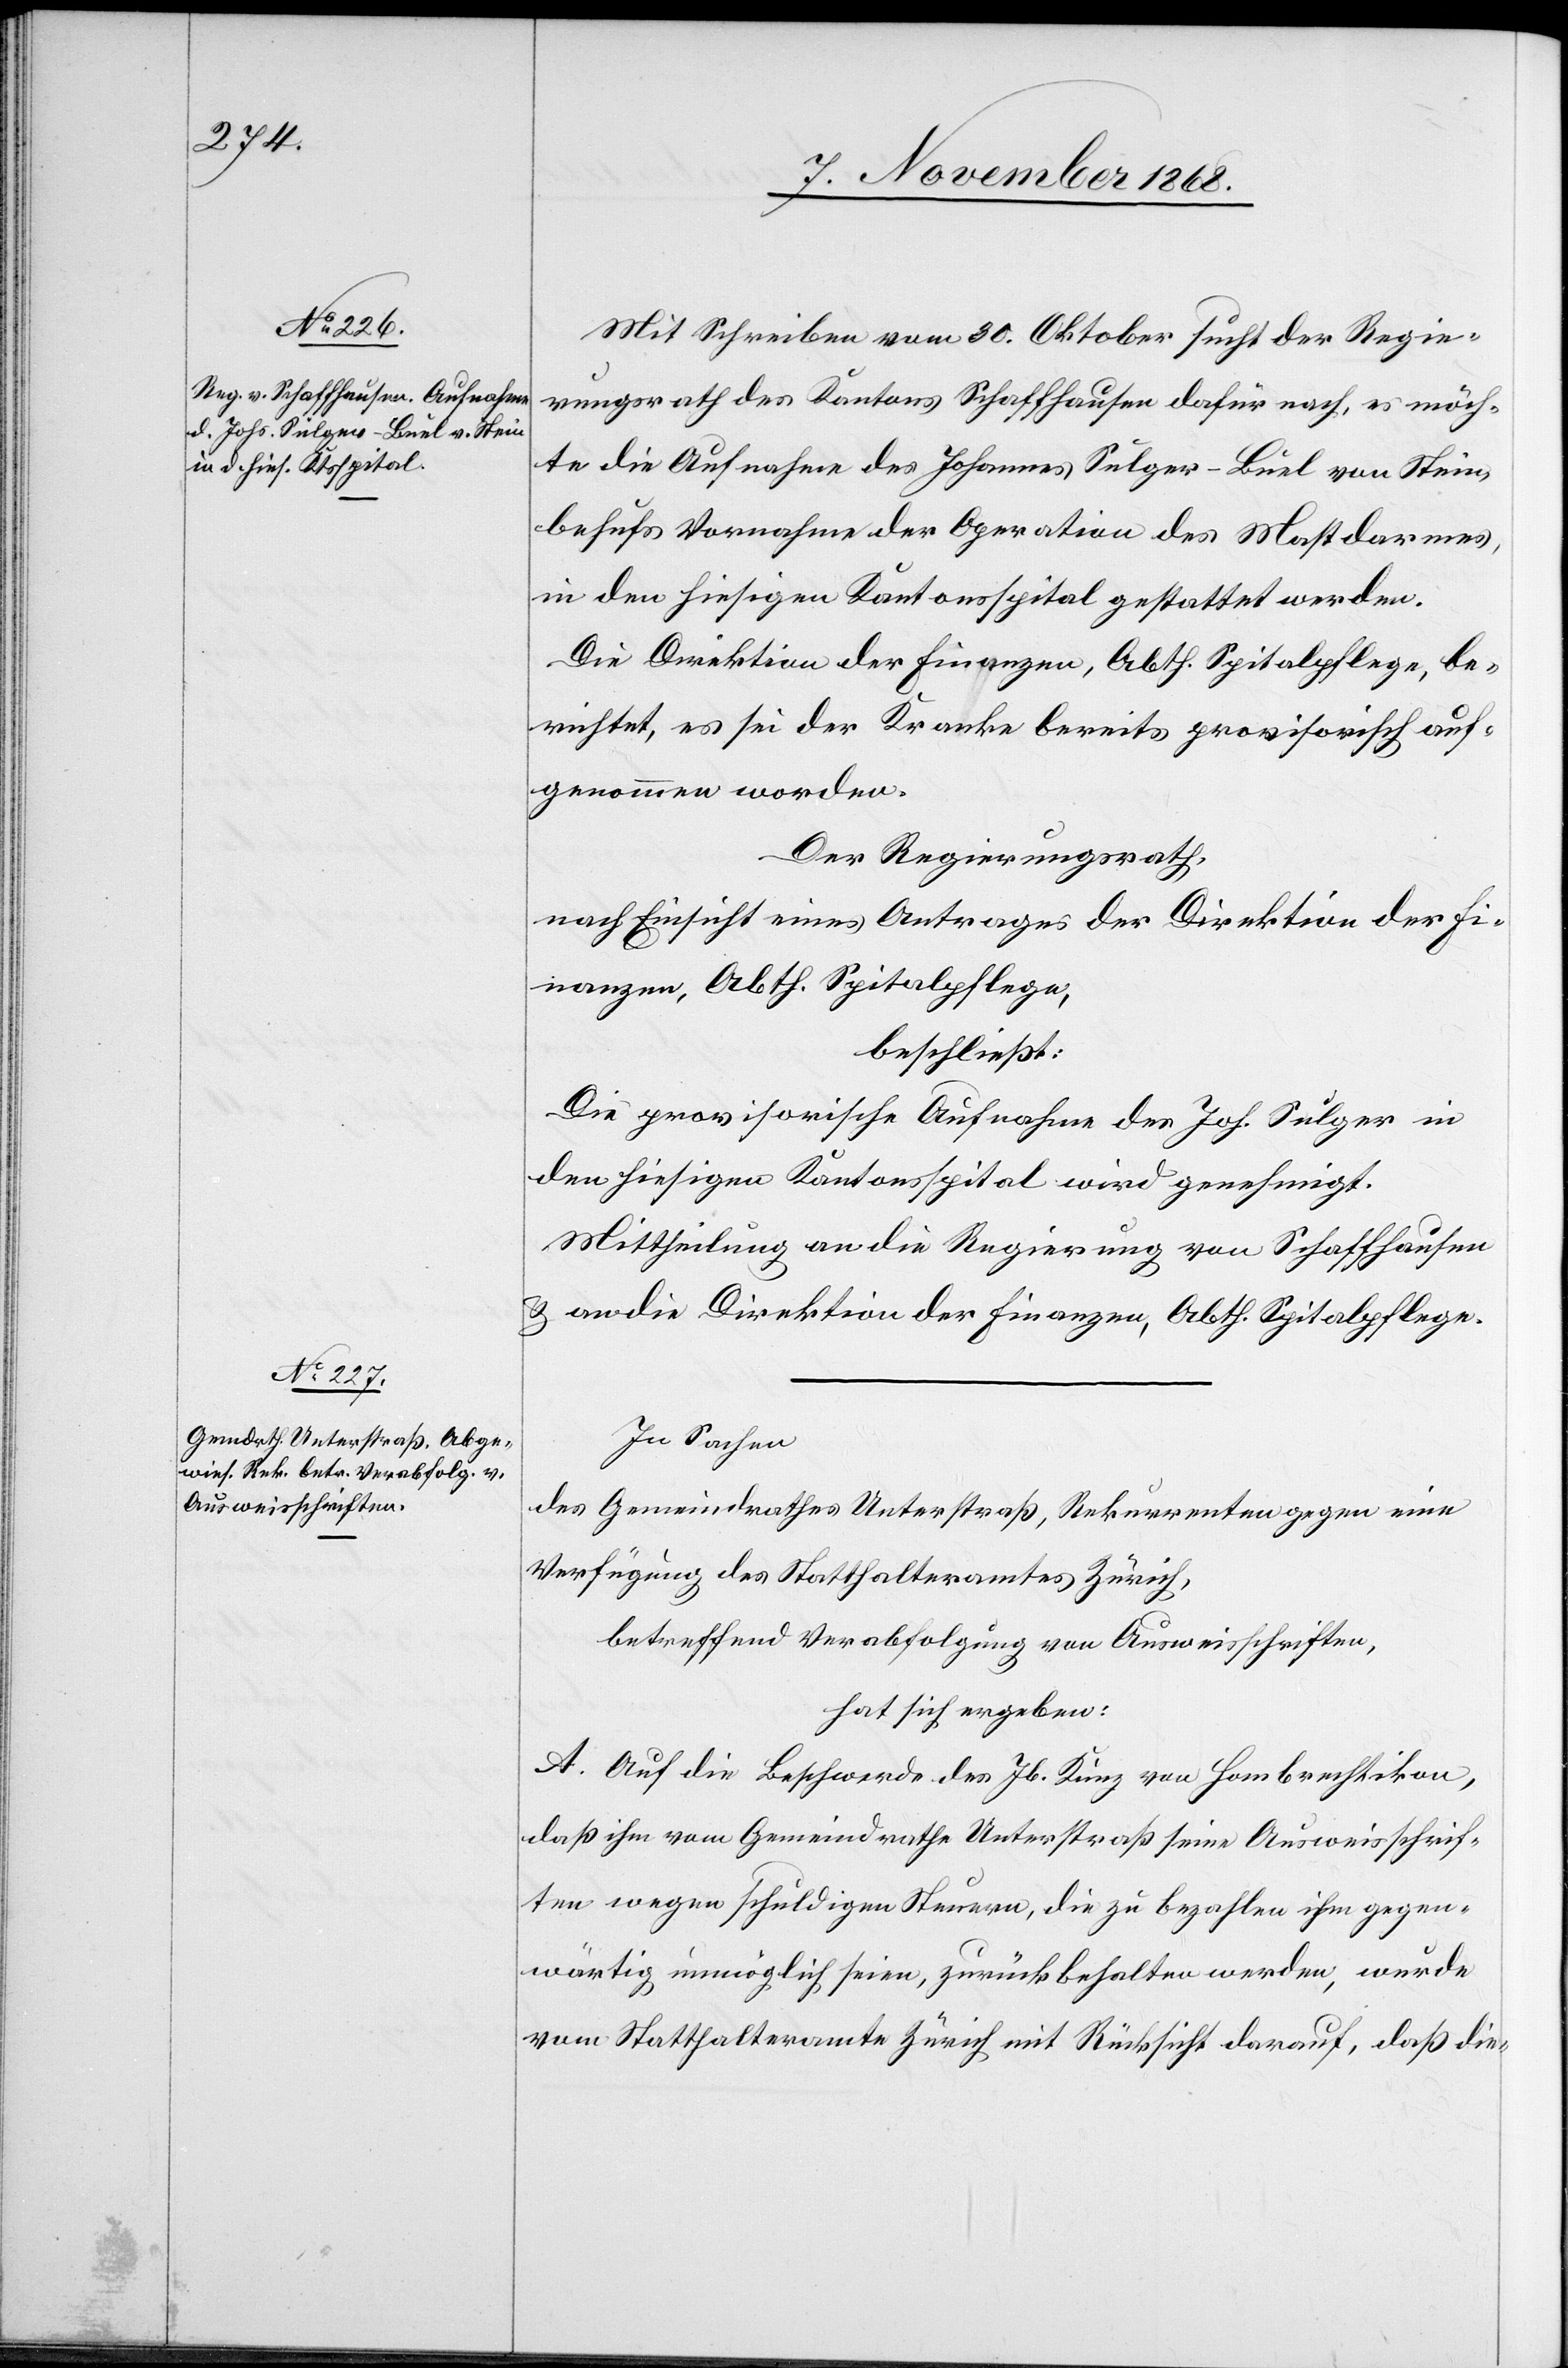
Mit Schreiben vom 30. Oktober sucht der Regie¬
rungsrath des Kantons Schaffhausen dafür nach, es möch¬
te die Aufnahme des Johannes Sulger-Buel von Stein,
behufs Vornahme der Operation des Mastdarmes,
in den hiesigen Kantonsspital gestattet werden.
Die Direktion der Finanzen, Abth. Spitalpflege, be¬
richtet, es sei der Kranke bereits provisorisch auf¬
genommen worden.
Der Regierungsrath,
nach Einsicht eines Antrages der Direktion der Fi¬
nanzen, Abth. Spitalpflege,
beschließt:
Die provisorische Aufnahme des Joh. Sulger in
den hiesigen Kantonsspital wird genehmigt.
Mittheilung an die Regierung von Schaffhausen
& an die Direktion der Finanzen, Abth. Spitalpflege.
In Sachen
des Gemeindrathes Unterstraß, Rekurrenten gegen eine
Verfügung des Statthalteramtes Zürich,
betreffend Verabfolgung von Ausweisschriften,
hat sich ergeben:
A. Auf die Beschwerde des Jb. Kunz von Hombrechtikon,
daß ihm vom Gemeindrathe Unterstraß seine Ausweisschrif¬
ten wegen schuldigen Steuern, die zu bezahlen ihm gegen¬
wärtig unmöglich seien, zurückbehalten werden, wurde
vom Statthalteramte Zürich mit Rücksicht darauf, daß die-